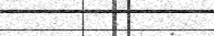
-      :